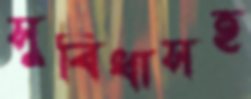
সুবিধাসহ